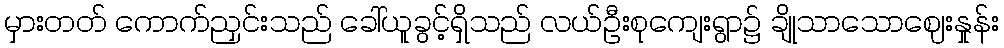
မှားတတ် ကောက်ညှင်းသည် ခေါ်ယူခွင့်ရှိသည် လယ်ဦးစုကျေးရွာ၌ ချိုသာသောဈေးနှုန်း